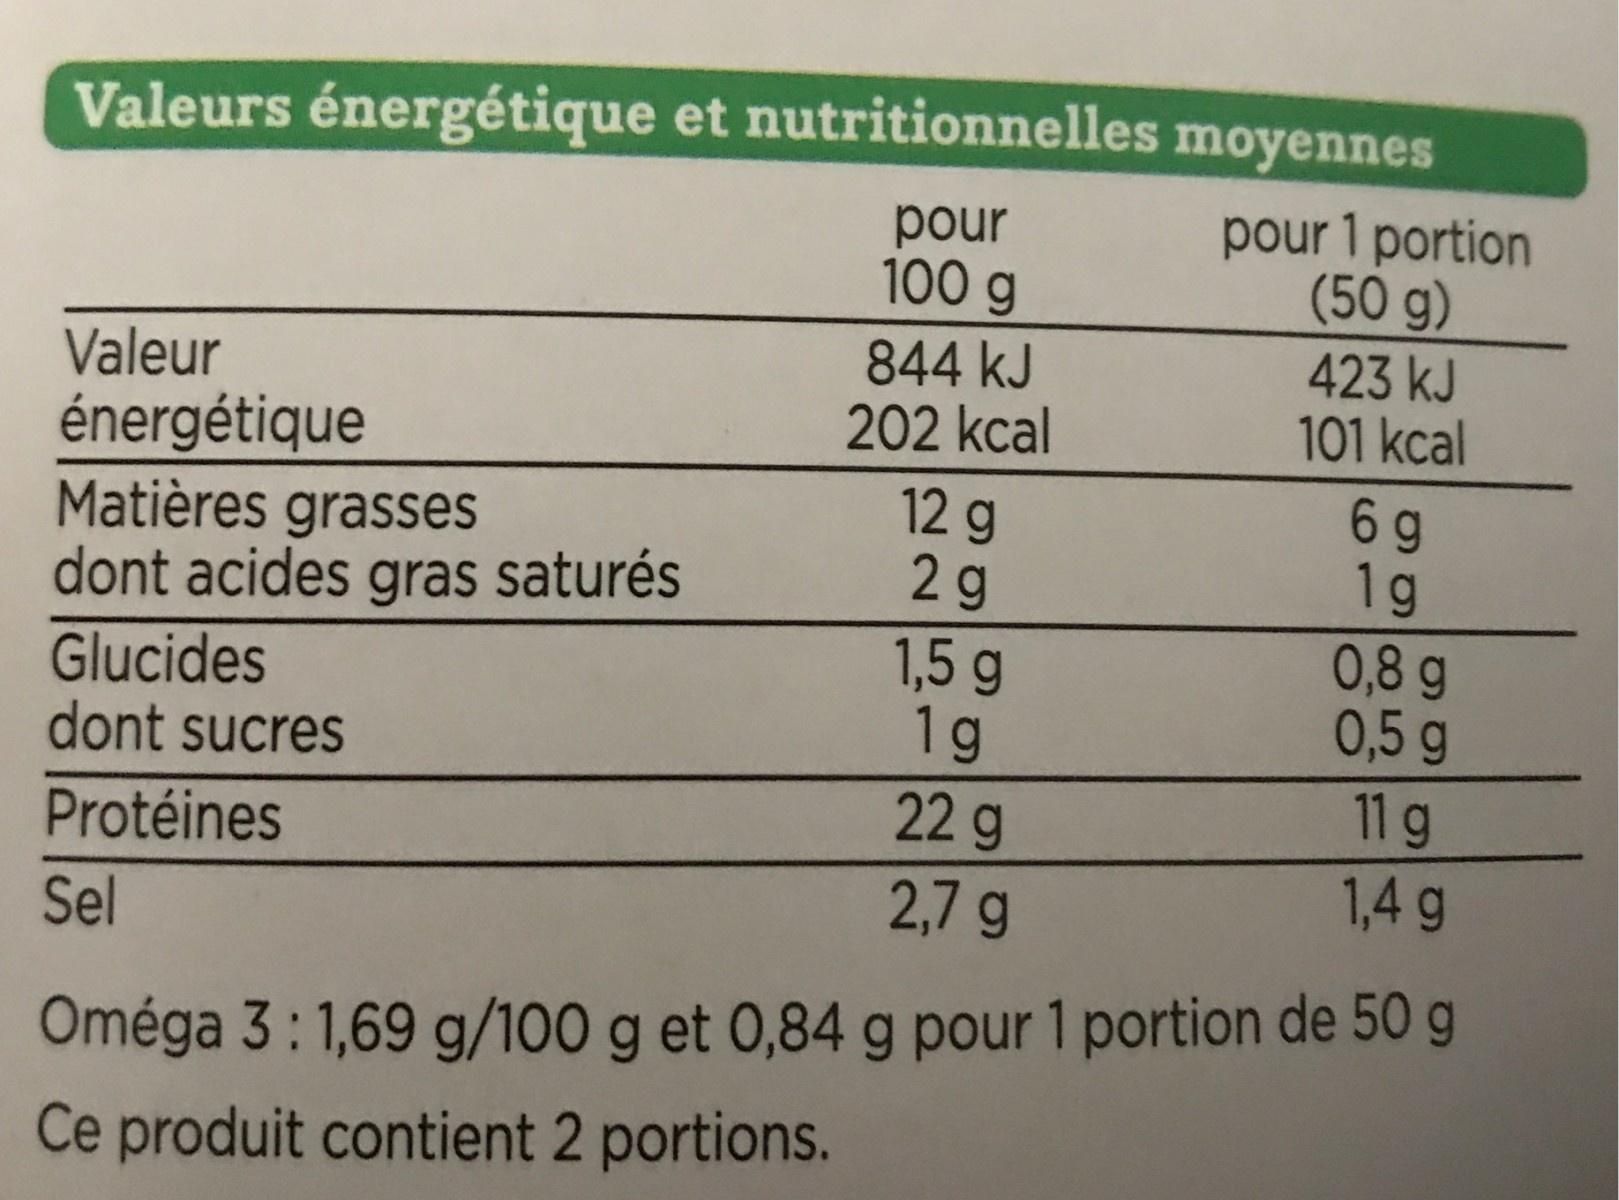
Valeurs énergétique et nutritionnelles
pour 100 g
Valeur énergétique
Matières grasses
dont acides gras saturés
Glucides
dont sucres
Protéines
Sel
844 kJ
202 kcal
12 g
2g
1,5 g
1g
moyennes
pour 1 portion (50 g)
423 kJ
101 kcal
6 g
1g
0,8 g
0,5 g
11 g
1,4 g
22 g
2,7 g
Oméga 3:1,69 g/100 g et 0,84 g pour 1 portion de 50 g
Ce produit contient 2 portions.